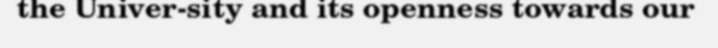
the Univer-sity and its openness towards our